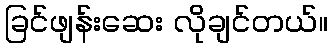
ခြင်ဖျန်းဆေး လိုချင်တယ်။